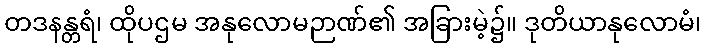
တဒနန္တရံ၊ ထိုပဌမ အနုလောမဉာဏ်၏ အခြားမဲ့၌။ ဒုတိယာနုလောမံ၊